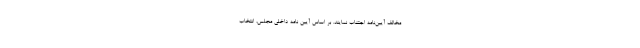
مخالف آیین‌نامه اجتناب نمایند. بر اساس آیین نامه داخلی مجلس، انتخاب